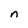
Character: n